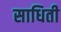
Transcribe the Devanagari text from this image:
साधिती